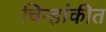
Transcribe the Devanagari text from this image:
चिन्हांकीत